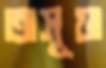
অসূয়া